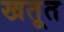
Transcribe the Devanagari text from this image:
खतूत